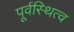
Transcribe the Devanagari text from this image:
पूर्वस्थित्व